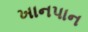
ખાનપાન